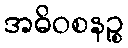
အဓိဝစနဉ္စ